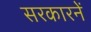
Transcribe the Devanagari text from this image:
सरकारनें